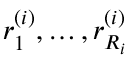
r _ { 1 } ^ { ( i ) } , \ldots , r _ { R _ { i } } ^ { ( i ) }